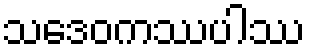
သဒေဝကဿပါဿ